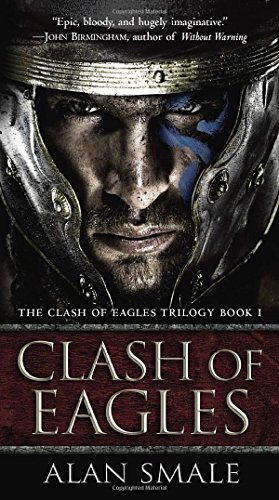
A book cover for Clash of Eagles: The Clash of Eagles Trilogy Book I; Alan Smale; Literature & Fiction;